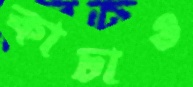
কাচাও